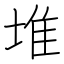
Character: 堆